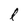
Character: l